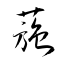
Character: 葹